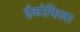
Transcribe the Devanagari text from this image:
ईकोफिला